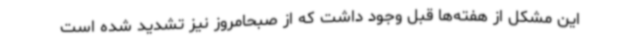
این مشکل از هفته‌ها قبل وجود داشت که از صبحامروز نیز تشدید شده است